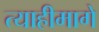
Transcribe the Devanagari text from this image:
त्याहीमागे